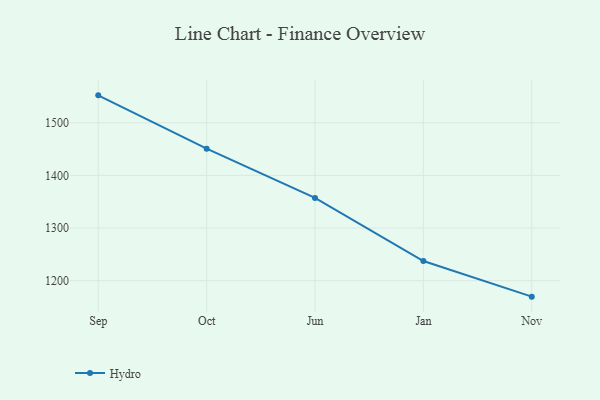
{"axis": {"x": "Month", "y": "Market Share (%)"}, "legend": ["Hydro"], "data": [{"x": "Sep", "y": 1551.9, "type": "Hydro"}, {"x": "Oct", "y": 1450.7, "type": "Hydro"}, {"x": "Jun", "y": 1357.1, "type": "Hydro"}, {"x": "Jan", "y": 1237.4, "type": "Hydro"}, {"x": "Nov", "y": 1169.7, "type": "Hydro"}]}